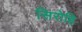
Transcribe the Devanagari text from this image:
सिरोहि